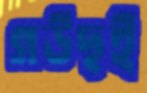
গউছই